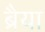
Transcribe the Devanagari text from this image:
ब्रैया